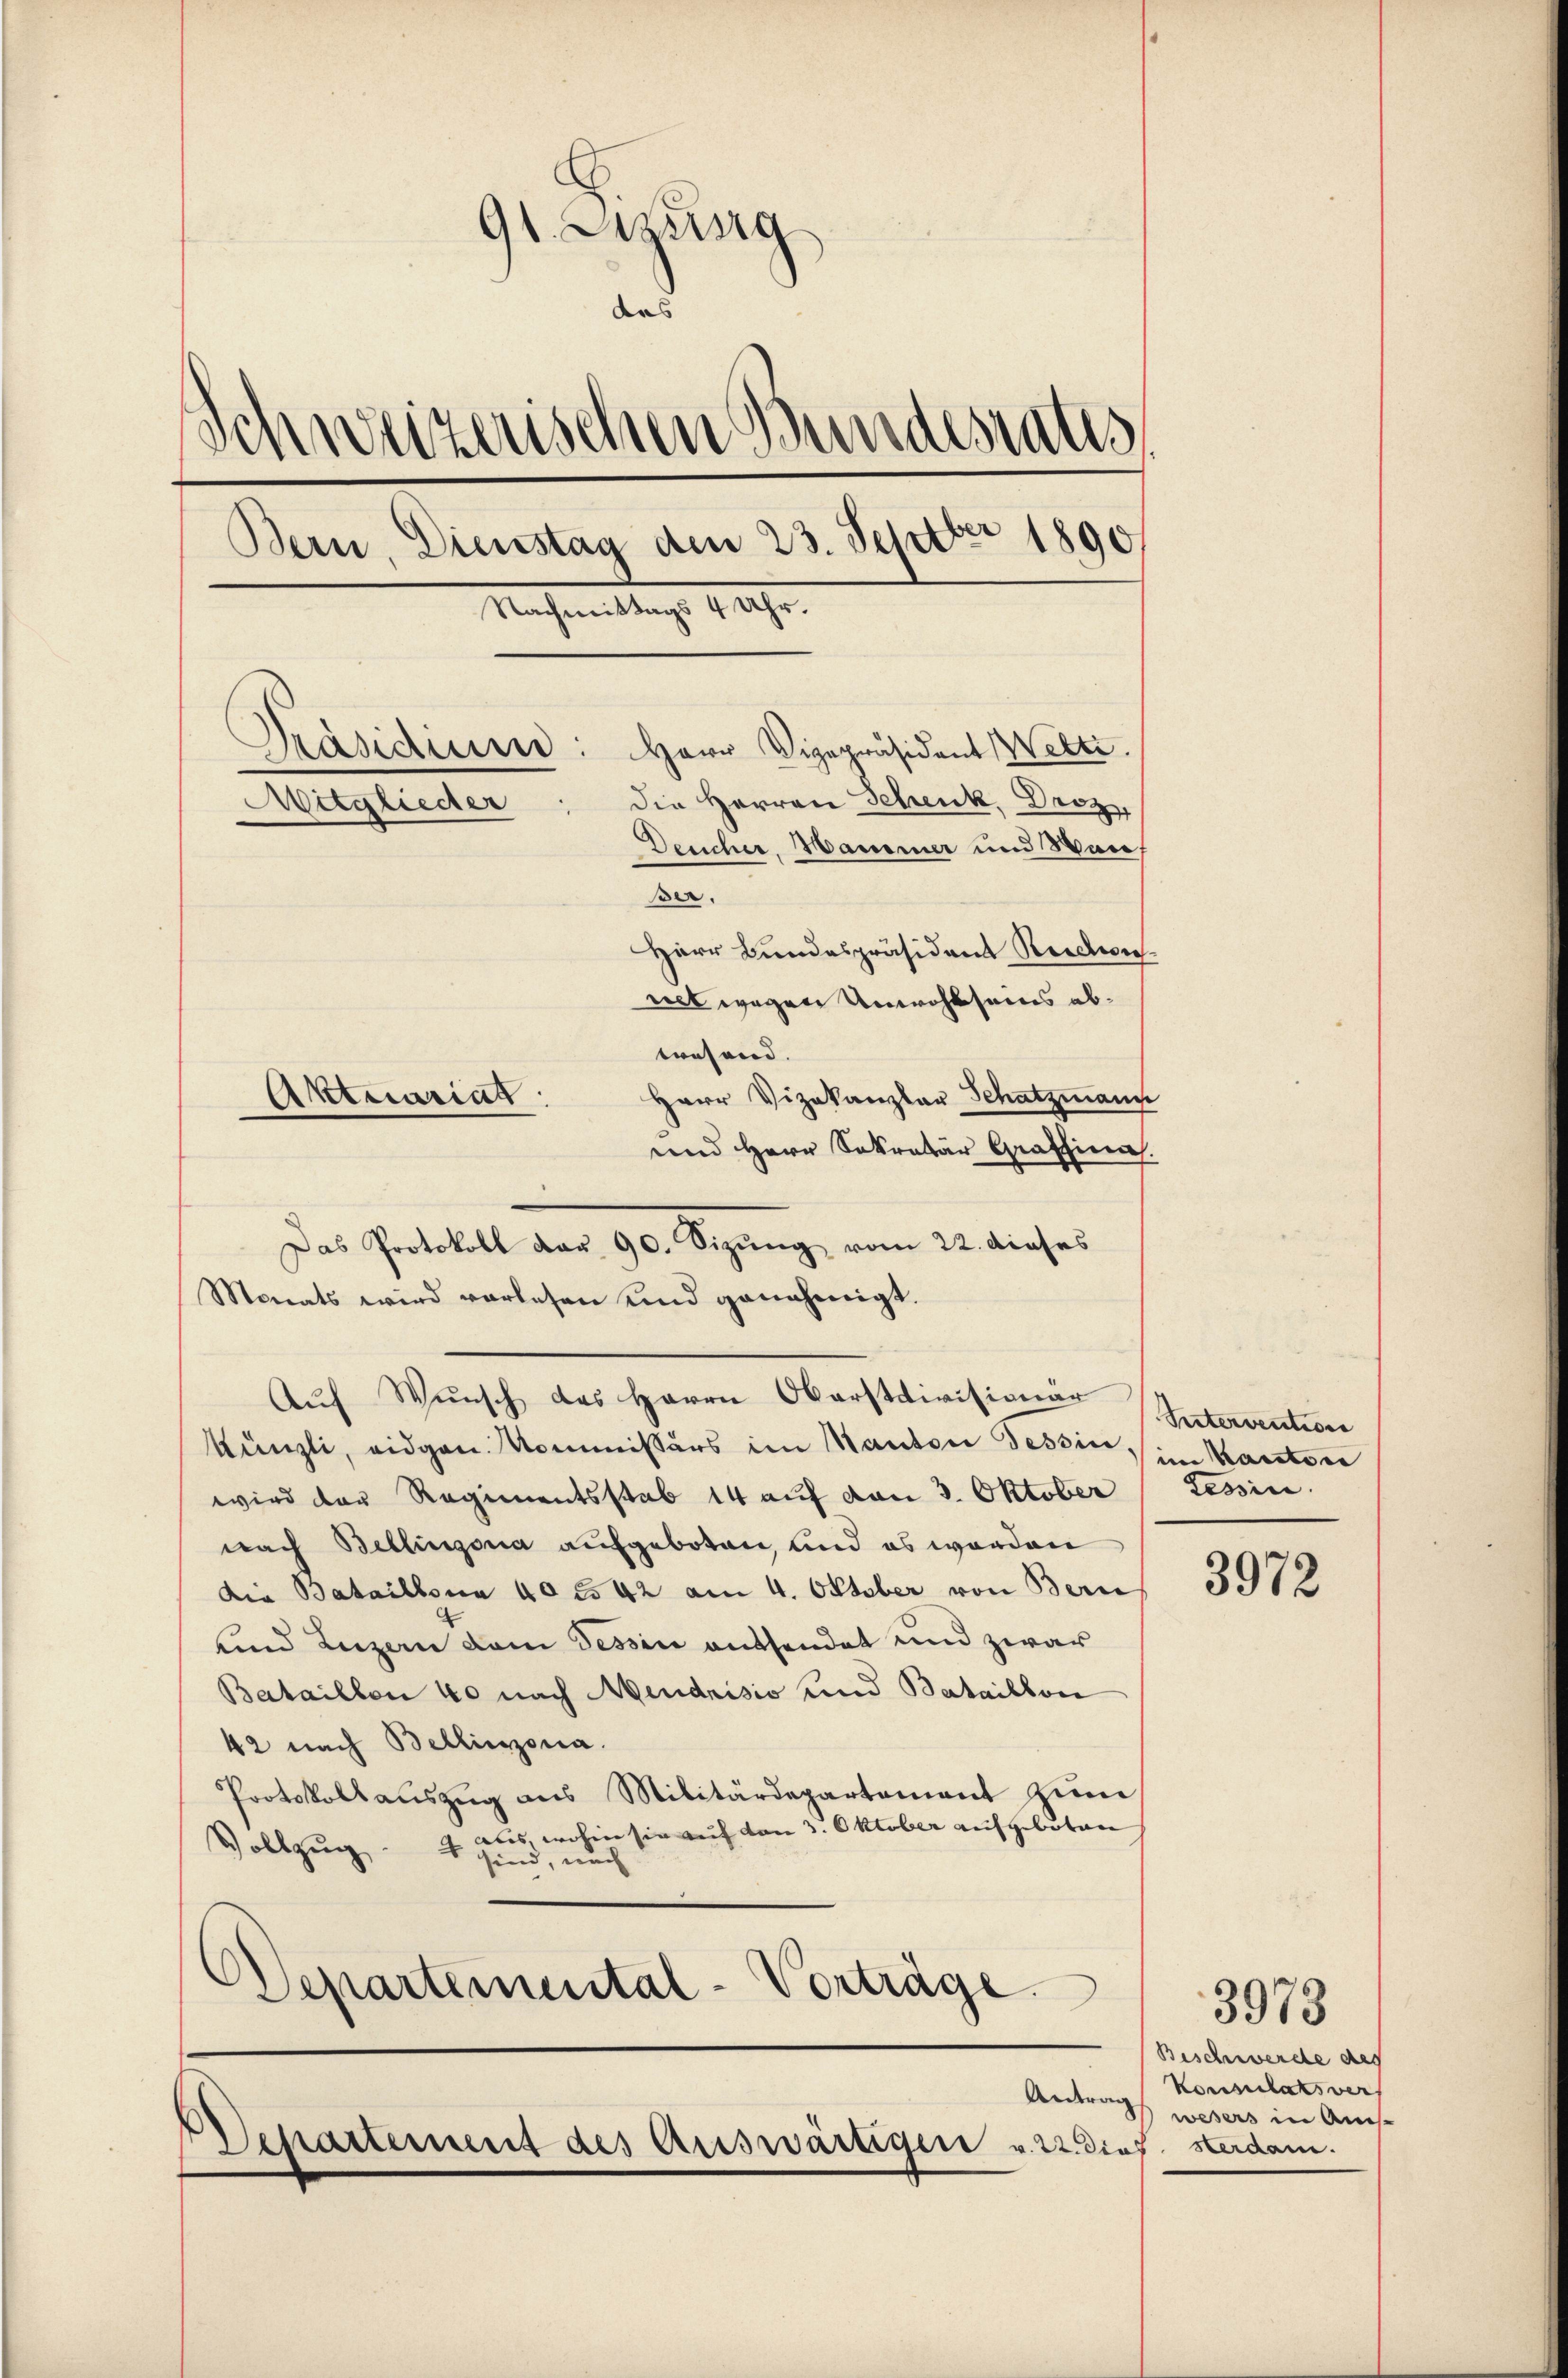
91. Sitzung
das
Schweizerischen Bundesrates,
Bern, Dienstag den 23. Septer 1890
Nachmittags 4 Uhr.
Präsidiums: Herr Vizepräsident Welti.
die Herren Schenk, Droz
Mitglieder
Deucher, Hammer und Wanf
Ber.
Herr Bundespräsident Rede.
net wegen Unwohlseins abtwesend. |
Herr Vizekanzlar Schatzmann
Aktuariat:

und Herr Sekretär Graffina.
Monats wird vorlesen und genehmigt.
Aŭf Wunsch das Herrn Oberstdivisionär
Künzli, eidgen. Kommissärs im Kanton Tessin, Kanton
wird des Regimentsstab 14 auf von 3. Oktober (Tessin.
nach Bellinzona aufgeboten, und es worden
die Bataillona 40 cs 42 am 4. Oktober von Bern
und Luzern dem Tessin entsendet und zwar
Bataillon 40 nach Mendrisio und Bataillon
42 nach Bellinzona.
Protokollauszug aus Militärdepartement zum
aus, wohin sie auf den 3. Oktober aufgeboten
Vollzug. 4 sind, auch
Departemental-Vorträge.

Departement des Auswärtiger v. 22. dies sterdam.

Das Protokoll dar 90. Sizung vom 22. dieses

Intervention

3972

Beschwerde des
Konsulats ver
Antrag wesers in Aus¬

3973